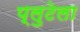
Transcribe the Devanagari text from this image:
प्लुटेला